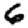
Digit: 6